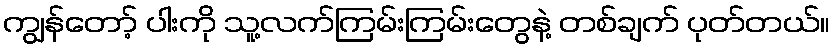
ကျွန်တော့် ပါးကို သူ့လက်ကြမ်းကြမ်းတွေနဲ့ တစ်ချက် ပုတ်တယ်။